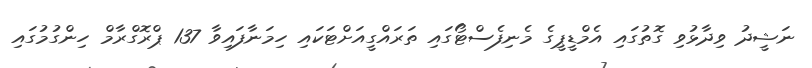
ނަޝީދު ވިދާޅުވި ގޮތުގައި އެމްޑީޕީގެ މެނިފެސްޓޯގައި ތަރައްގީއަށްޓަކައި ހިމަނާފައިވާ 137 ޕްރޮގްރާމް ހިންގުމުގައި